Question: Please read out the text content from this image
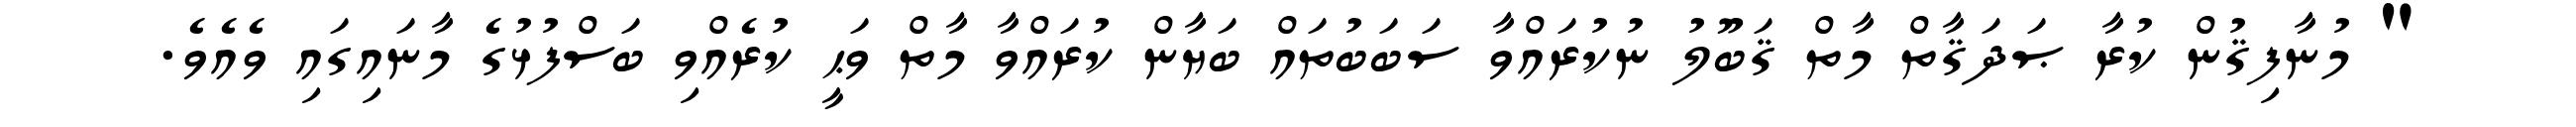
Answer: " މުނާފިޤުން ކުރާ ޞަދަޤާތް މާތް ޤަބޫލު ނުކުރައްވާ ސަބަބުތައް ބަޔާން ކުރައްވާ މާތް ވަޙީ ކުރެއްވި ބަސްފުޅުގެ މާނައިގައި ވެއެވެ.